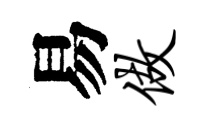
易做